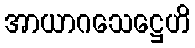
အာယာဂသေဋ္ဌေဟိ